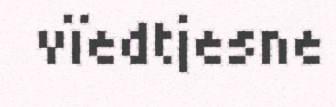
vïedtjesne